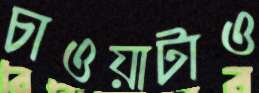
চাওয়াটাও